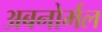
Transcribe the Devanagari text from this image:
अबनोर्मल